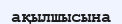
ақылшысына